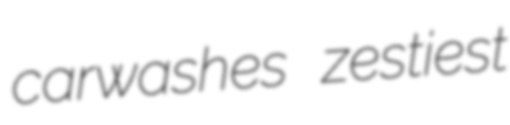
carwashes zestiest